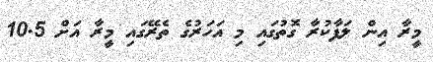
މީރާ އިން ލަފާކުރާ ގޮތުގައި މި އަހަރުގެ ތެރޭގައި މީރާ އަށް 10.5